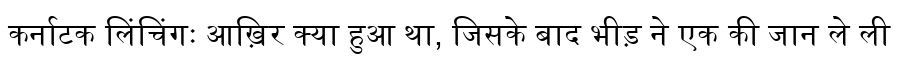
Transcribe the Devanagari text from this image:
कर्नाटक लिंचिंगः आख़िर क्या हुआ था, जिसके बाद भीड़ ने एक की जान ले ली